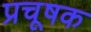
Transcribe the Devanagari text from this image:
प्रचूषक